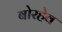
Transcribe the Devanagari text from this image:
बोरहेव